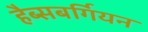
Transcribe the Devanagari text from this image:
हैब्सबर्गियन